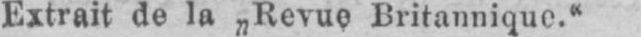
Extrait de la „Revue Britannique.“